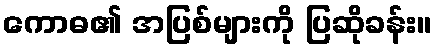
ကောဓ၏ အပြစ်များကို ပြဆိုခန်း။